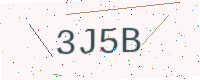
Text: 3J5B